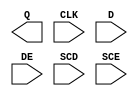
module sky130_fd_sc_hs__sedfxtp (
    Q  ,
    CLK,
    D  ,
    DE ,
    SCD,
    SCE
);

    output Q  ;
    input  CLK;
    input  D  ;
    input  DE ;
    input  SCD;
    input  SCE;

    // Voltage supply signals
    supply1 VPWR;
    supply0 VGND;

endmodule